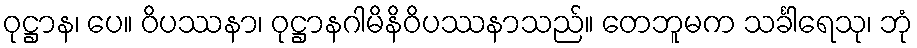
ဝုဋ္ဌာန၊ ပေ။ ဝိပဿနာ၊ ဝုဋ္ဌာနဂါမိနိဝိပဿနာသည်။ တေဘူမက သင်္ခါရေသု၊ ဘုံ